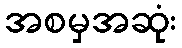
အစမှအဆုံး